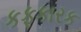
કફકારક